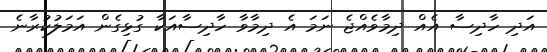
އަދި ހާދިސާ އެއް ދިމާވެއްޖެ ނަމަ އެ ދިމާވާ ހާދިސާއަކާ ގުޅިގެން އަމަލުކުރާނެ